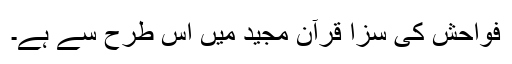
فواحش کی سزا قرآن مجید میں اس طرح سے ہے۔